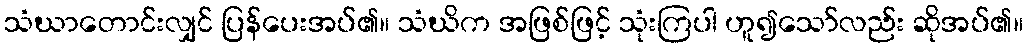
သံဃာတောင်းလျှင် ပြန်ပေးအပ်၏။ သံဃိက အဖြစ်ဖြင့် သုံးကြပါ ဟူ၍သော်လည်း ဆိုအပ်၏။